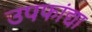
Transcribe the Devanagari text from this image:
उपफांद्या